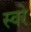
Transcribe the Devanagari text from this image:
स्वरे